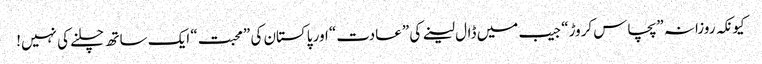
کیونکہ روزانہ ”پچاس کروڑ“ جیب میں ڈال لینے کی ”عادت“ اور پاکستان کی ”محبت“ ایک ساتھ چلنے کی نہیں!